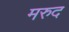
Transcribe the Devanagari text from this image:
मरुद